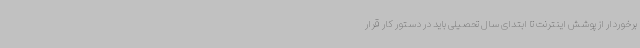
برخوردار از پوشش اینترنت تا ابتدای سال تحصیلی باید در دستور کار قرار